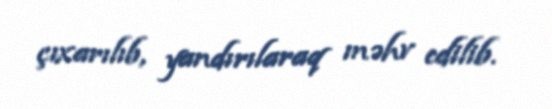
çıxarılıb, yandırılaraq məhv edilib.